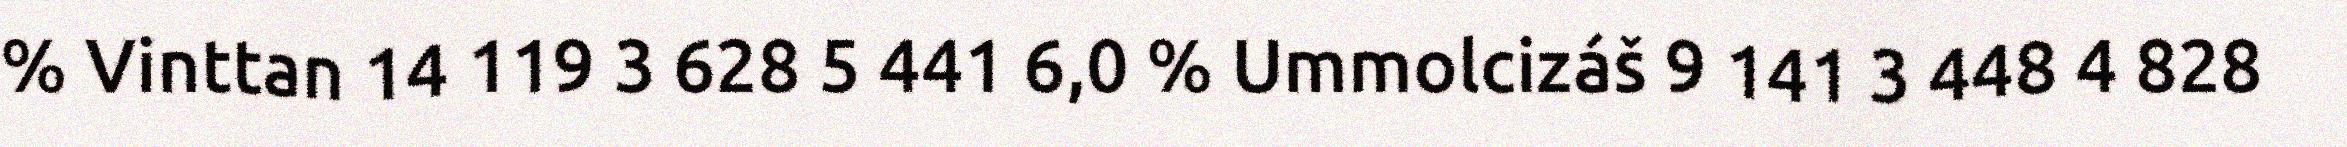
% Vinttan 14 119 3 628 5 441 6,0 % Ummolcizáš 9 141 3 448 4 828